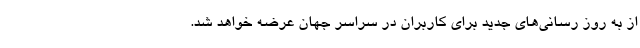
از به روز رسانی‌های جدید برای کاربران در سراسر جهان عرضه خواهد شد.